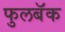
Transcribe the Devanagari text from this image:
फुलबॅक